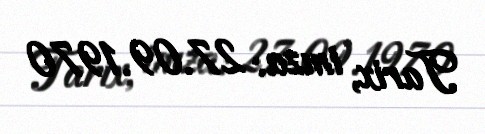
Tarix, imza: 27.09.1970